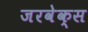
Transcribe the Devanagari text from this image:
जरवेक्स